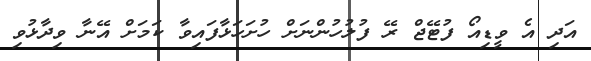
އަދި އެ ވީޑިއޯ ފުޓޭޖް ރޭ ފުލުހުންނަށް ހުށަހަޅާފައިވާ ކަމަށް އޭނާ ވިދާޅުވި